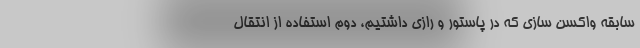
سابقه واکسن سازی که در پاستور و رازی داشتیم، دوم استفاده از انتقال